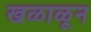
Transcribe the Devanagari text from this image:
खळाळून